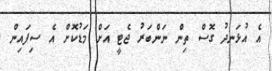
އެ އުޅަނދު ގޮސް ތިން ނަންބަރު ޖެޓީ އަށް މަޑުކޮށް އެ ސިފައިން